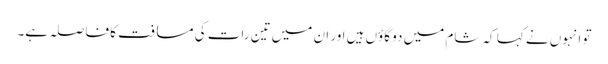
تو انہوں نے کہا کہ شام میں دو گاؤں ہیں اور ان میں تین رات کی مسافت کا فاصلہ ہے۔